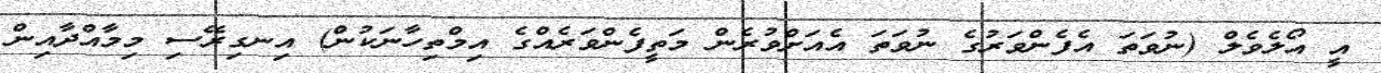
އީ އޯލެވެލް (ނުވަތަ އެފެންވަރުގެ ނުވަތަ އެއަށްވުރެން މަތީފެންވަރެއްގެ އިމްތިހާނަކުން) އިނގިރޭސި މިމާއްދާއިން